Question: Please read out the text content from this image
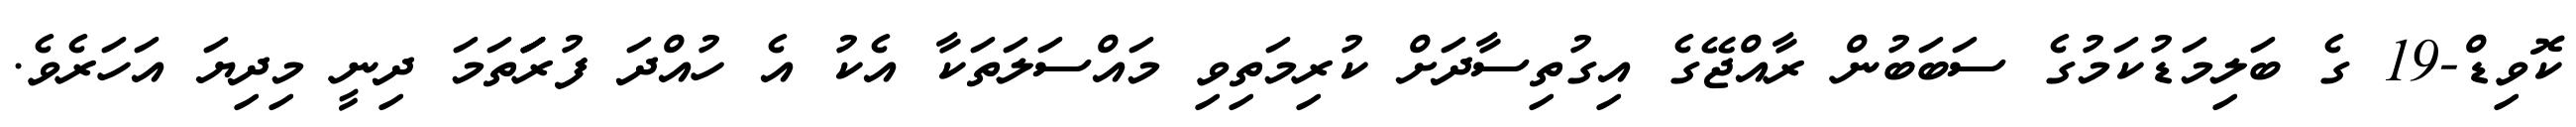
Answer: ކޮވިޑް-19 ގެ ބަލިމަޑުކަމުގެ ސަބަބުން ރާއްޖޭގެ އިގުތިސާދަށް ކުރިމަތިވި މައްސަލަތަކާ އެކު އެ ހުއްދަ ފުރަަަތަމަ ދިނީ މިދިޔަ އަހަރެވެ.